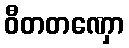
ဝီတတဏှော